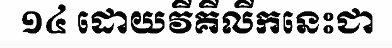
១៤ ដោយវីគីលីកនេះជា